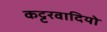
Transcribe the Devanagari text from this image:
कट्टरवादियो